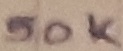
Text: 50K